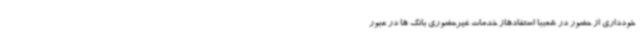
خودداری از حضور در شعببا استفادهاز خدمات غیرحضوری بانک ها در عبور